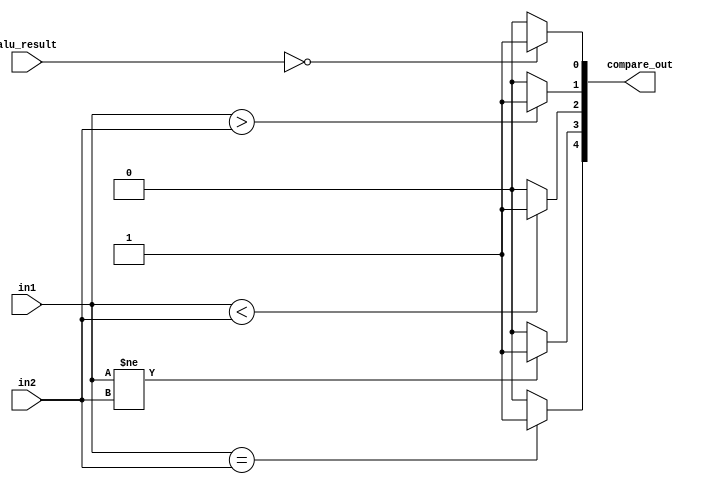
module Xcompare(compare_out, in1, in2, alu_result);
        //comparator(compare_wire, alu_in1, alu_in2);

    output  [4:0]   compare_out;
    input   [31:0]  in1, in2;
    input   [31:0]  alu_result;
            //{equal, !equal, less than, greater than, zero}

    assign compare_out[4] = (in1 == in2)? 1'b1 : 1'b0;
    assign compare_out[3] = (in1 != in2)? 1'b1 : 1'b0;
    assign compare_out[2] = (in1 < in2)? 1'b1 : 1'b0;
    assign compare_out[1] = (in1 > in2)? 1'b1 : 1'b0;
    assign compare_out[0] = (alu_result == 0)? 1'b1 : 1'b0;

endmodule